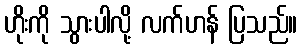
ဟိုးကို သွားပါလို့ လက်ဟန် ပြသည်။